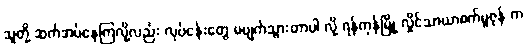
သူတို့ ဆက်အပ်နေကြလို့လည်း လုပ်ငန်းတွေ မပျက်သွားတာပါ လို့ ရန်ကုန်မြို့ လှိုင်သာယာစက်မူဇုန် က